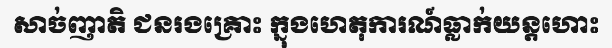
សាច់ញាតិ ជនរងគ្រោះ ក្នុងហេតុការណ៍ធ្លាក់យន្តហោះ